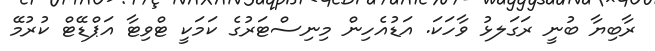
ރާބިޔާ ބުނީ ރަގަލޅު ވާހަކަަ. އަޑުއެހިން މިނިސްޓަރުގެ ކަމަކީ ޓްވިޓާ އަޕްޑޭޓް ކުރުމޭ